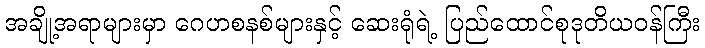
အချို့အရာများမှာ ဂေဟစနစ်များနှင့် ဆေးရုံရဲ့ ပြည်ထောင်စုဒုတိယဝန်ကြီး